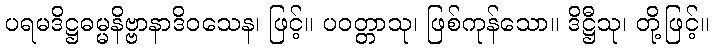
ပရမဒိဋ္ဌဓမ္မနိဗ္ဗာနာဒိဝသေန၊ ဖြင့်။ ပဝတ္တာသု၊ ဖြစ်ကုန်သော။ ဒိဋ္ဌီသု၊ တို့ဖြင့်။